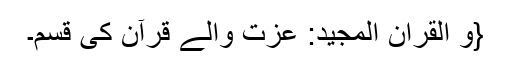
{وَ الْقُرْاٰنِ الْمَجِیْدِ: عزت والے قرآن کی قسم۔